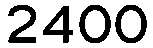
2400